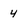
Character: 4